Calcutta medical institutions reports 1871-78
Year: 1871
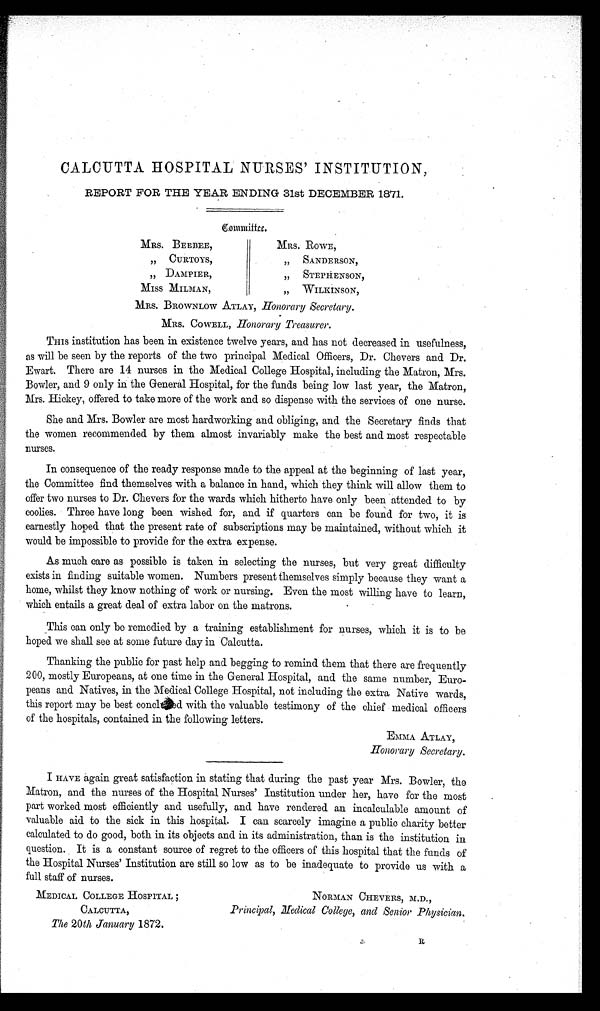
CALCUTTA HOSPITAL NURSES' INSTITUTION,
REPORT FOR THE YEAR ENDING 31st DECEMBER 1871.
C o m m i t t e e .
MRS. BEEBEE,
MRS. ROWE,
"
CURTOYS,
" SANDERSON,
" DAMPIER,
" STEPHENSON,
MISS MILMAN,
" WI LKI NSON,
MRS. BROWNLOW ATLAY, Honorary Secretary.
MRS. COWELL, Honorary Treasurer.
THIS institution has been in existence twelve years, and has not decreased in usefulness,
as will be seen by the reports of the two principal Medical Officers, Dr. Chevers and Dr.
Ewart. There are 14 nurses in the Medical College Hospital, including the Matron, Mrs.
Bowler, and 9 only in the General Hospital, for the funds being low last year, the Matron,
Mrs. Hickey, offered to take more of the work and so dispense with the services of one nurse.
She and Mrs. Bowler are most hardworking and obliging, and the Secretary finds that
the women recommended by them almost invariably make the best and most respectable
nurses.
In consequence of the ready response made to the appeal at the beginning of last year,
the Committee find themselves with a balance in hand, which they think will allow them to
offer two nurses to Dr. Chevers for the wards which hitherto have only been attended to by
coolies. Three have long been wished for, and if quarters can be found for two, it is
earnestly hoped that the present rate of subscriptions may be maintained, without which it
would be impossible to provide for the extra expense.
As much care as possible is taken in selecting the nurses, but very great difficulty
exists in finding suitable women. Numbers present themselves simply because they want a
home, whilst they know nothing of work or nursing. Even the most willing have to learn,
which entails a great deal of extra labor on the matrons.
This can only be remedied by a training establishment for nurses, which it is to be
hoped we shall see at some future day in Calcutta.
Thanking the public for past help and begging to remind them that there are frequently
200, mostly Europeans, at one time in the General Hospital, and the same number, Euro-
peans and Natives, in the Medical College Hospital, not including the extra Native wards,
this report may be best concluded with the valuable testimony of the chief medical officers
of the hospitals, contained in the following letters.
EMMA ATLAY,
Honorary Secretary.
I HAVE again great satisfaction in stating that during the past year Mrs. Bowler, the
Matron, and the nurses of the Hospital Nurses' Institution under her, have for the most
part worked most efficiently and usefully, and have rendered an incalculable amount of
valuable aid to the sick in this hospital. I can scarcely imagine a public charity better
calculated to do good, both in its objects and in its administration, than is the institution in
question. It is a constant source of regret to the officers of this hospital that the funds of
the Hospital Nurses' Institution are still so low as to be inadequate to provide us with a
full staff of nurses.
MEDICAL COLLEGE HOSPITAL
;
CALCUTTA,
The 20 th January 1872.
NORMAN CHEVERS, M.D. ,
Principal, Medical College, and Senior Physician.
R